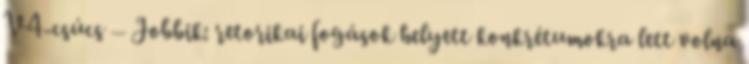
V4-csúcs – Jobbik: retorikai fogások helyett konkrétumokra lett volna